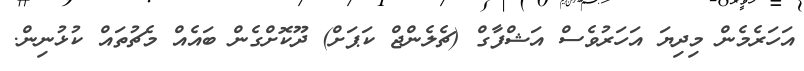
އަހަރެމެން މިދިޔަ އަހަރުވެސް އަޝްފާގް (ޗެލެންޖް ކަޕަށް) ދޫކޮށްގެން ބައެއް މެޗުތައް ކުޅުނިން.